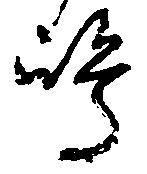
嶋